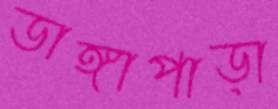
ডাঙ্গাপাড়া